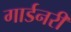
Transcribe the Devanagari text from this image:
गार्डनरी